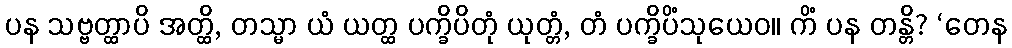
ပန သဗ္ဗတ္ထာပိ အတ္ထိ, တသ္မာ ယံ ယတ္ထ ပက္ခိပိတုံ ယုတ္တံ, တံ ပက္ခိပိံသုယေဝ။ ကိံ ပန တန္တိ? ‘တေန